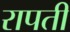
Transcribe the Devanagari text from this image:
रापती